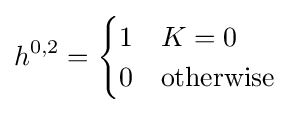
h^{0,2}={\begin{cases}1&K=0\\0&{\text{otherwise}}\end{cases}}